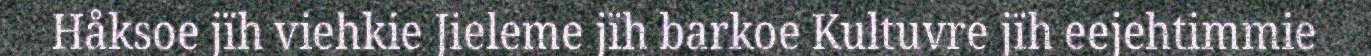
Håksoe jïh viehkie Jieleme jïh barkoe Kultuvre jïh eejehtimmie